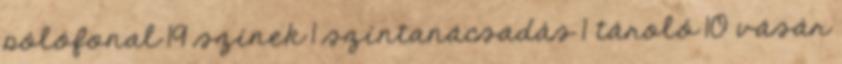
pólófonal 19 színek 1 színtanácsadás 1 tároló 10 vásár